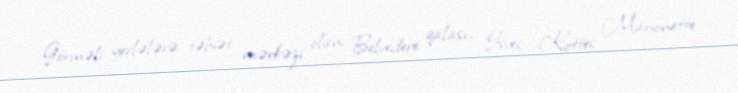
Görməli yerlələrə təbiət mərkəzi olan Belvedere qalası, İsveç Kottec Marionette